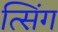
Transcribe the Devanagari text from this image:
त्सिंग